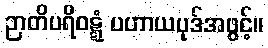
ဉာတိပရိဝဋ္ဋံ ပဟာယပုဒ်အဖွင့်။